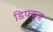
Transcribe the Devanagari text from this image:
डिफ्यूज